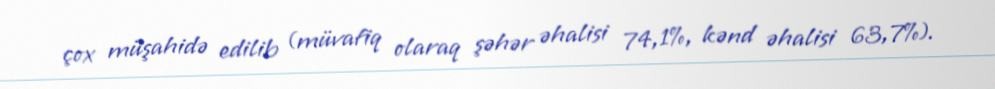
çox müşahidə edilib (müvafiq olaraq şəhər əhalisi 74,1%, kənd əhalisi 63,7%).